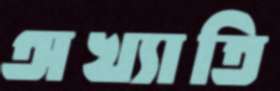
অখ্যাতি